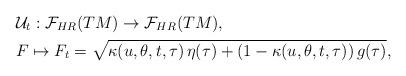
LaTeX: \begin{align*}& \mathcal{U}_t: \mathcal{F}_{HR}(TM) \to \mathcal{F}_{HR}(TM),\\& F\mapsto F_t =\sqrt{\kappa(u,\theta,t,\tau)\,\eta(\tau)+(1-\kappa(u,\theta,t,\tau))\,g(\tau)},\,\end{align*}